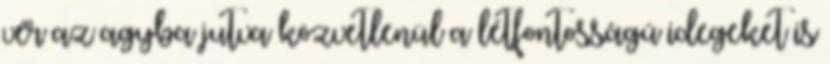
vér az agyba jutva közvetlenül a létfontosságú idegeket is